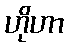
ဟိုဟာ